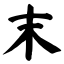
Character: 末